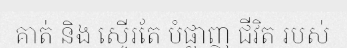
គាត់ និង ស្ទើរតែ បំផ្លាញ ជីវិត របស់